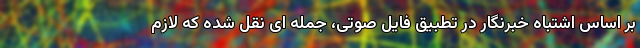
بر اساس اشتباه خبرنگار در تطبیق فایل صوتی، جمله ای نقل شده که لازم